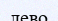
лево